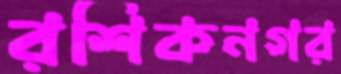
রশিকনগর